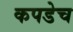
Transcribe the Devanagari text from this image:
कपडेच